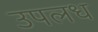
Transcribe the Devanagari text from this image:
उपलध